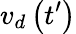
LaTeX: v_{d}\left(t^{\prime}\right)